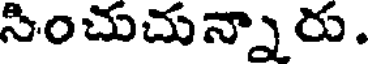
సించుచున్నారు.